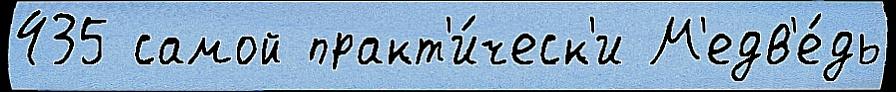
435 самой практ'и́ческ'и М'едв'е́дь